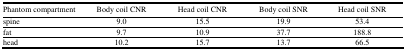
| Phantom compartment | Body coil CNR | Head coil CNR | Body coil SNR | Head coil SNR |
 | --- | --- | --- | --- | --- |
 | spine | 9.0 | 15.5 | 19.9 | 53.4 |
 | fat | 9.7 | 10.9 | 37.7 | 188.8 |
 | head | 10.2 | 15.7 | 13.7 | 66.5 |